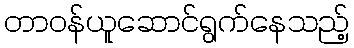
တာဝန်ယူဆောင်ရွက်နေသည့်